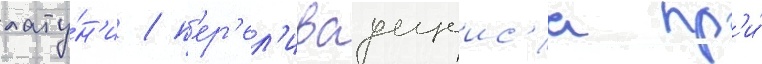
лату́н'и / п'ер'ел'иваущеис'я пр'и́